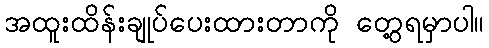
အထူးထိန်းချုပ်ပေးထားတာကို တွေ့ရမှာပါ။